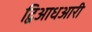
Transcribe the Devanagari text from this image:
द्विआधआरी